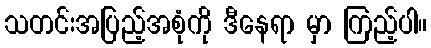
သတင်းအပြည့်အစုံကို ဒီနေရာ မှာ ကြည့်ပါ။